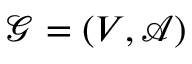
\mathcal { G } = ( V , \mathcal { A } )